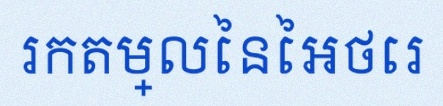
រកតម្លៃនៃអថេរ